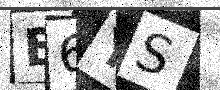
Text: B6YS